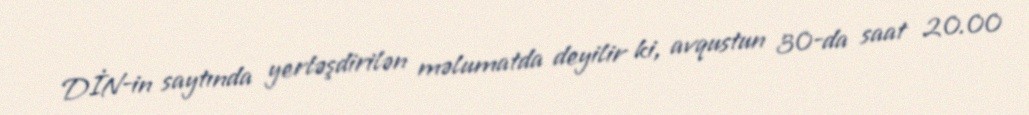
DİN-in saytında yerləşdirilən məlumatda deyilir ki, avqustun 30-da saat 20.00